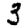
Digit: 3